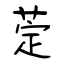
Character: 萣